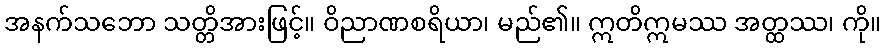
အနက်သဘော သတ္တိအားဖြင့်။ ဝိညာဏစရိယာ၊ မည်၏။ ဣတိဣမဿ အတ္ထဿ၊ ကို။